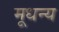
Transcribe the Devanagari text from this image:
मूधन्य